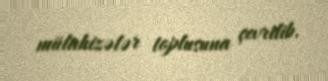
mülahizələr toplusuna çevrilib.